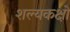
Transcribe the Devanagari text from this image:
शल्यकक्षों